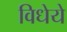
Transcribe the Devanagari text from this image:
विधेये